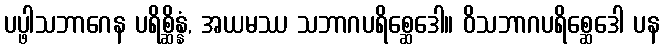
ပပ္ဖါသဘာဂေန ပရိစ္ဆိန္နံ, အယမဿ သဘာဂပရိစ္ဆေဒေါ။ ဝိသဘာဂပရိစ္ဆေဒေါ ပန